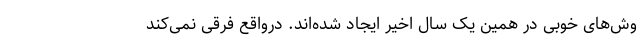
وش‌های خوبی در همین یک سال اخیر ایجاد شده‌اند. درواقع فرقی نمی‌کند